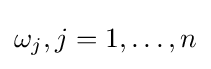
\omega _{j},j=1,\dots ,n